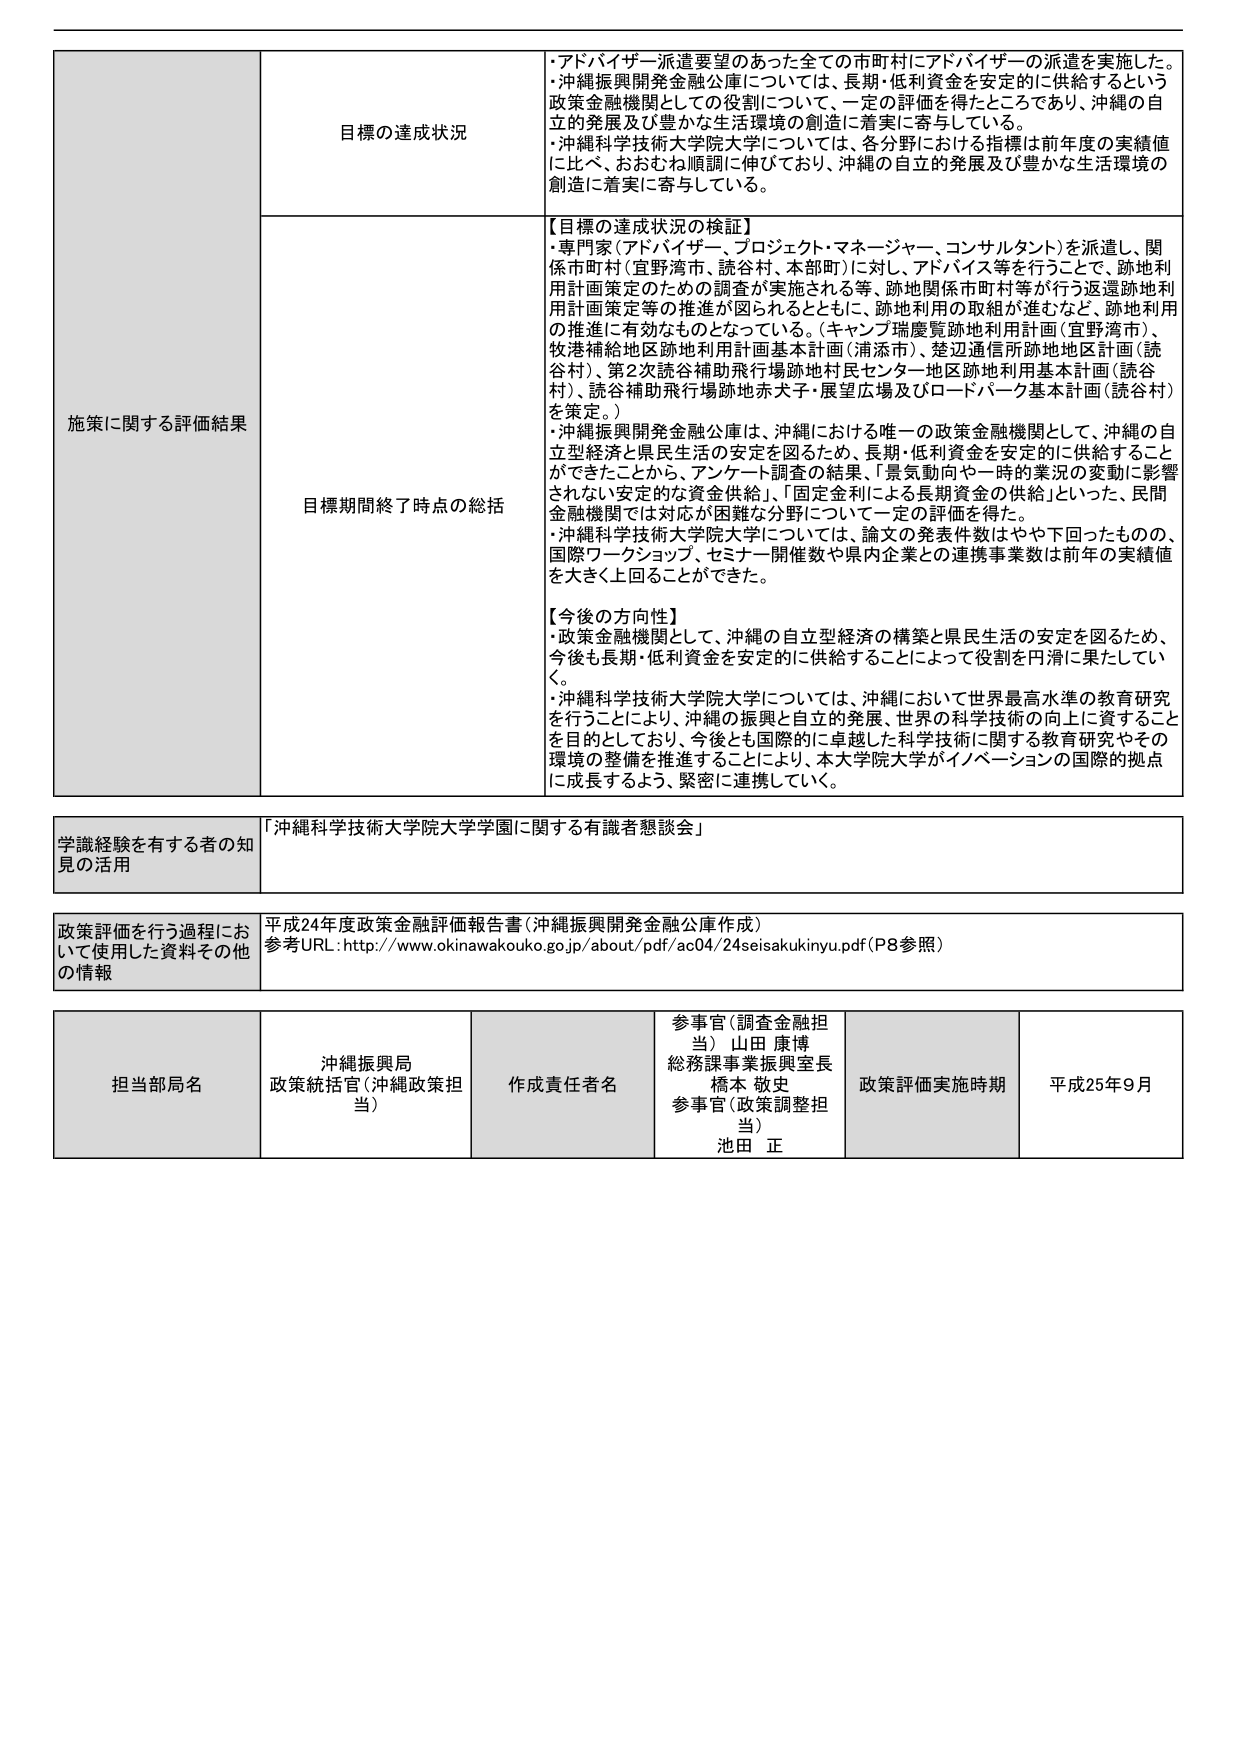
施策に関する評価結果

目標の達成状況
・アドバイザー派遣要望のあった全ての市町村にアドバイザーの派遣を実施した。
・沖縄振興開発金融公庫については、長期・低利資金を安定的に供給するという政策金融機関としての役割については、一定の評価を得たところであり、沖縄の自立的発展及び豊かな生活環境の創造に着実に寄与している。
・沖縄科学技術大学院大学については、各分野における指標は前年度の実績値に比べ、おおむね順調に伸びており、沖縄の自立的発展及び豊かな生活環境の創造に着実に寄与している。

目標期間終了時点の総括
【目標の達成状況の検証】
・専門家（アドバイザー、プロジェクト・マネージャー、コンサルタント）を派遣し、関係市町村（宜野湾市、読谷村、本部町）に対し、アドバイス等を行うことで、跡地利用計画策定のための調査が実施される等、跡地関係市町村等が行う返還跡地利用計画策定等の推進が図られるとともに、跡地利用の取組が進むなど、跡地利用の推進に有効なものとなっている。（キャンプ瑞慶覧跡地利用計画（宜野湾市）、牧港補給地区跡地利用計画基本計画（浦添市）、楚辺通信用所跡地地区計画（読谷村）、第2次読谷補助飛行場跡地村民センター地区跡地利用基本計画（読谷村）、読谷補助飛行場跡地赤犬子・展望広場及びロードパーク基本計画（読谷村）を策定。）
・沖縄振興開発金融公庫は、沖縄における唯一の政策金融機関として、沖縄の自立型経済と県民生活の安定を図るため、長期・低利資金を安定的に供給することができたことから、アンケート調査の結果、「景気動向や一時的業況の変動に影響されない安定的な資金供給」、「固定金利による長期資金の供給」といった、民間金融機関では対応が困難な分野について、一定の評価を得た。
・沖縄科学技術大学院大学については、論文の発表件数はやや下回ったものの、国際ワークショップ、セミナー開催数や県内企業との連携事業数は前年の実績値を大きく上回ることができた。

【今後の方針性】
・政策金融機関として、沖縄の自立型経済の構築と県民生活の安定を図るため、今後も長期・低利資金を安定的に供給することによって役割を円滑に果たしていく。
・沖縄科学技術大学院大学については、沖縄において世界最高水準の教育研究を行うことにより、沖縄の振興と自立的発展、世界の科学技術の向上に資することを目的としており、今後とも国際的に卓越した科学技術に関する教育研究やその環境の整備を推進することにより、本大学院大学がイノベーションの国際的拠点に成長するよう、緊密に連携していく。

学識経験を有する者の知見の活用
「沖縄科学技術大学院大学学園に関する有識者懇談会」

政策評価を行う過程において使用した資料その他 の情報
平成24年度政策金融評価報告書（沖縄振興開発金融公庫作成）
参考URL：http://www.okinawakouko.go.jp/about/pdf/ac04/24seisakukinyu.pdf（P8参照）

担当部局名
沖縄振興局
政策統括官（沖縄政策担当）

作成責任者名
参事官（調査金融担当） 山田 康博
総務課事業振興室長 橋本 敬史
参事官（政策調整担当） 池田 正

政策評価実施時期
平成25年9月